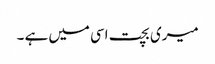
میری بچت اسی میں ہے ۔